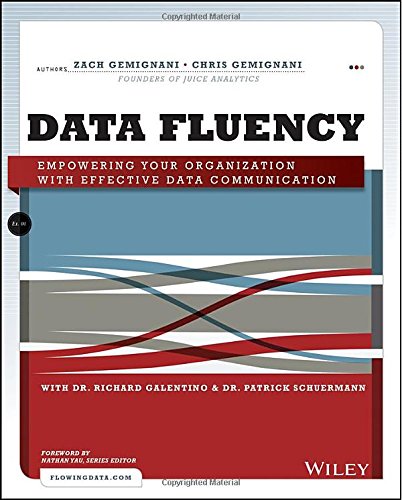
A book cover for Data Fluency: Empowering Your Organization with Effective Data Communication; Zach Gemignani; Computers & Technology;